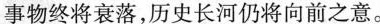
事物终将衰落，历史长河仍将向前之意。